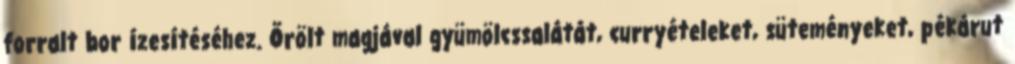
forralt bor ízesítéséhez. Őrölt magjával gyümölcssalátát, curryételeket, süteményeket, pékárut